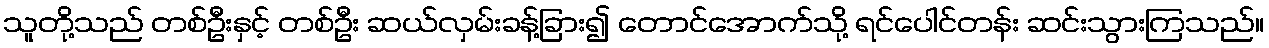
သူတို့သည် တစ်ဦးနှင့် တစ်ဦး ဆယ်လှမ်းခန့်ခြား၍ တောင်အောက်သို့ ရင်ပေါင်တန်း ဆင်းသွားကြသည်။